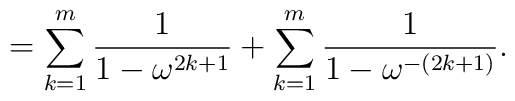
= \sum_{k=1}^{m} \frac{1}{1 - \omega^{2k+1}}        + \sum_{k=1}^{m} \frac{1}{1 - \omega^{-(2k+1)}}.